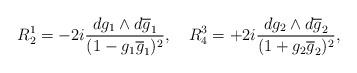
LaTeX: \begin{align*}R^{1}_{2} = - 2i \frac {dg_{1} \wedge d\overline{g}_{1}}{(1- g_{1}\overline{g}_{1})^{2}},~~~R^{3}_{4} =+2i \frac {dg_{2} \wedge d\overline{g}_{2}}{(1+ g_{2}\overline{g}_{2})^{2}},\end{align*}